Museums and galleries and the schools, 1932
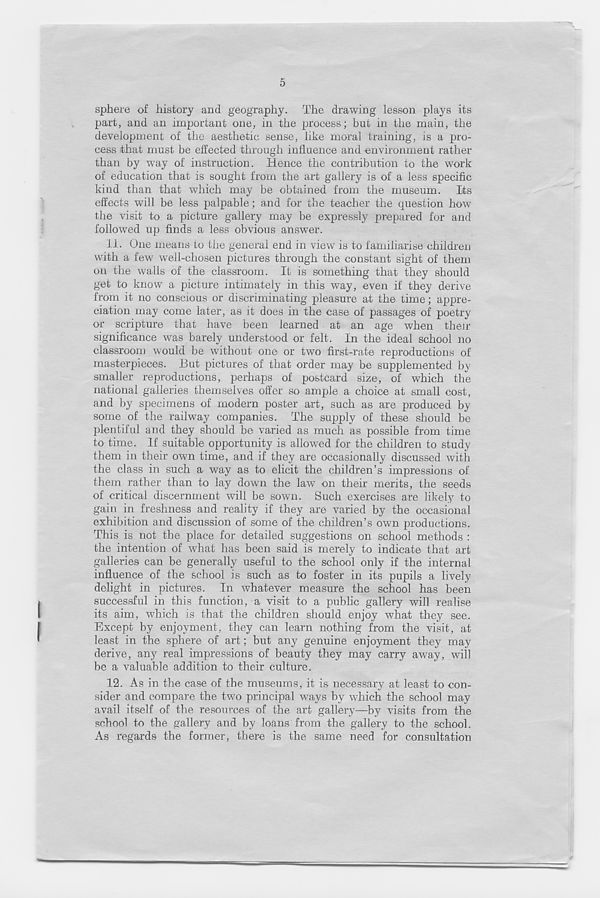
5
sphere of history and geography. The drawing lesson plays its
part, and an important one, in the process; but in the main, the
development of the aesthetic sense, like moral training, is a pro-
cess that must be effected through influence and environment rather
than by way of instruction. Hence the contribution to the work
of education that is sought from the art gallery is of a less specific
kind than that which may be obtained from the museum. Its
effects will be less palpable; and for the teacher the question how
the visit to a picture gallery may be expressly prepared for and
followed up finds a less obvious answer.
11. One means to the general end in view is to familiarise children
with a few well-chosen pictures through the constant sight of them
on the walls of the classroom. It is something that they should
get to know a picture intimately in this way, even if they derive
from it no conscious or discriminating pleasure at the time; appre-
ciation may come later, as it does in the case of passages of poetry
or scripture that have been learned at an age when their
significance was barely understood or felt. In the ideal school no
classroom would be without one or two first-rate reproductions of
masterpieces. But pictures of that order may be supplemented by
smaller reproductions, perhaps of postcard size, of which the
national galleries themselves offer so ample a choice at small cost,
and by specimens of modern poster art, such as are produced by
some of the railway companies. The supply of these should be
plentiful and they should be varied as much as possible from time
to time. If suitable opportunity is allowed for the children to study
them in their own time, and if they are occasionally discussed with
the class in such a way as to elicit the children’s impressions of
them rather than to lay down the law on their merits, the seeds
of critical discernment will be sown. Such exercises are likely to
gain in freshness and reality if they are varied by the occasional
exhibition and discussion of some of the children’s own productions.
This is not the place for detailed suggestions on school methods :
the intention of what has been said is merely to indicate that art
galleries can he generally useful to the school only if the internal
influence of the school is such as to foster in its pupils a lively
delight in pictures. In whatever measure the school has been
successful in this function, a visit to a public gallery will realise
its aim, which is that the children should enjoy what they see.
Except by enjoyment, they can learn nothing from the visit, at
least in the sphere of art; but any genuine enjoyment they may
derive, any real impressions of beauty they may carry away, will
be a valuable addition to their culture.
12. As in the case of the museums, it is necessary at least to con-
sider and compare the two principal ways by which the school may
avail itself of the resources of the art gallery—by visits from the
school to the gallery and by loans from the gallery to the school.
As regards the former, there is the same need for consultation